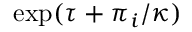
\exp ( \tau + \pi _ { i } / \kappa )